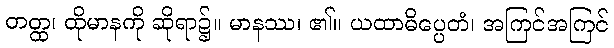
တတ္ထ၊ ထိုမာနကို ဆိုရာ၌။ မာနဿ၊ ၏။ ယထာဓိပ္ပေတံ၊ အကြင်အကြင်